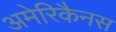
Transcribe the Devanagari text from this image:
अमेरिकैनस